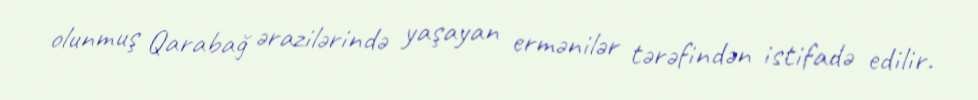
olunmuş Qarabağ ərazilərində yaşayan ermənilər tərəfindən istifadə edilir.